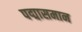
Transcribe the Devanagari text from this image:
पद्मासमान